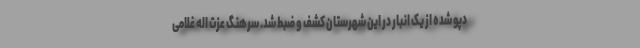
دپو شده از یک انبار در این شهرستان کشف و ضبط شد. سرهنگ عزت اله غلامی